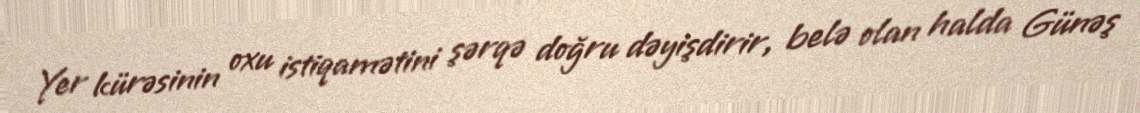
Yer kürəsinin oxu istiqamətini şərqə doğru dəyişdirir, belə olan halda Günəş